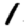
Digit: 1